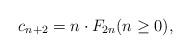
LaTeX: \begin{align*}c_{n+2} = n\cdot F_{2n} (n\geq 0),\end{align*}